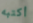
أكتبه